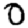
Digit: 0